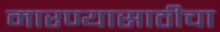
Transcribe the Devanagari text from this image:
मारण्यासाठीचा